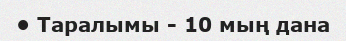
• Таралымы - 10 мың дана